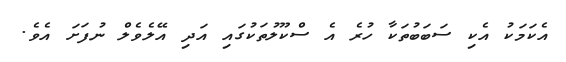
އެކަމަކު އެކި ސަބަބުތަކާ ހުރެ އެ ސްކޫލުތަކުގައި އަދި އޭލެވެލް ނުފަށަ އެވެ.